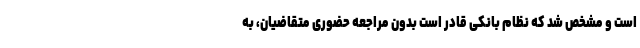
است و مشخص شد که نظام بانکی قادر است بدون مراجعه حضوری متقاضیان، به